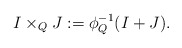
\begin{align*}I \times_Q J := \phi_Q^{-1}(I + J).\end{align*}